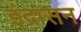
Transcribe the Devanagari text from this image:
इंद्रासन